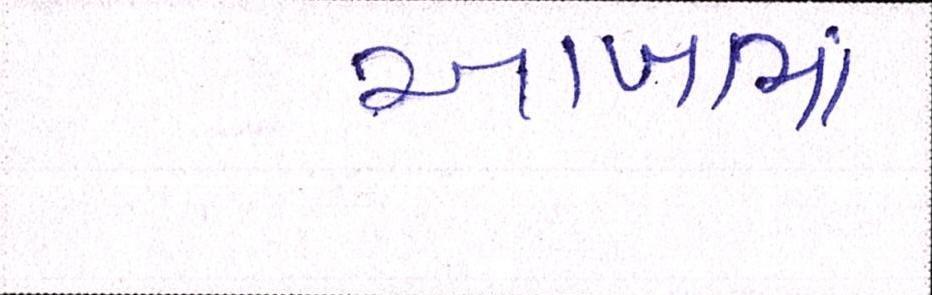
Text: આખામાં